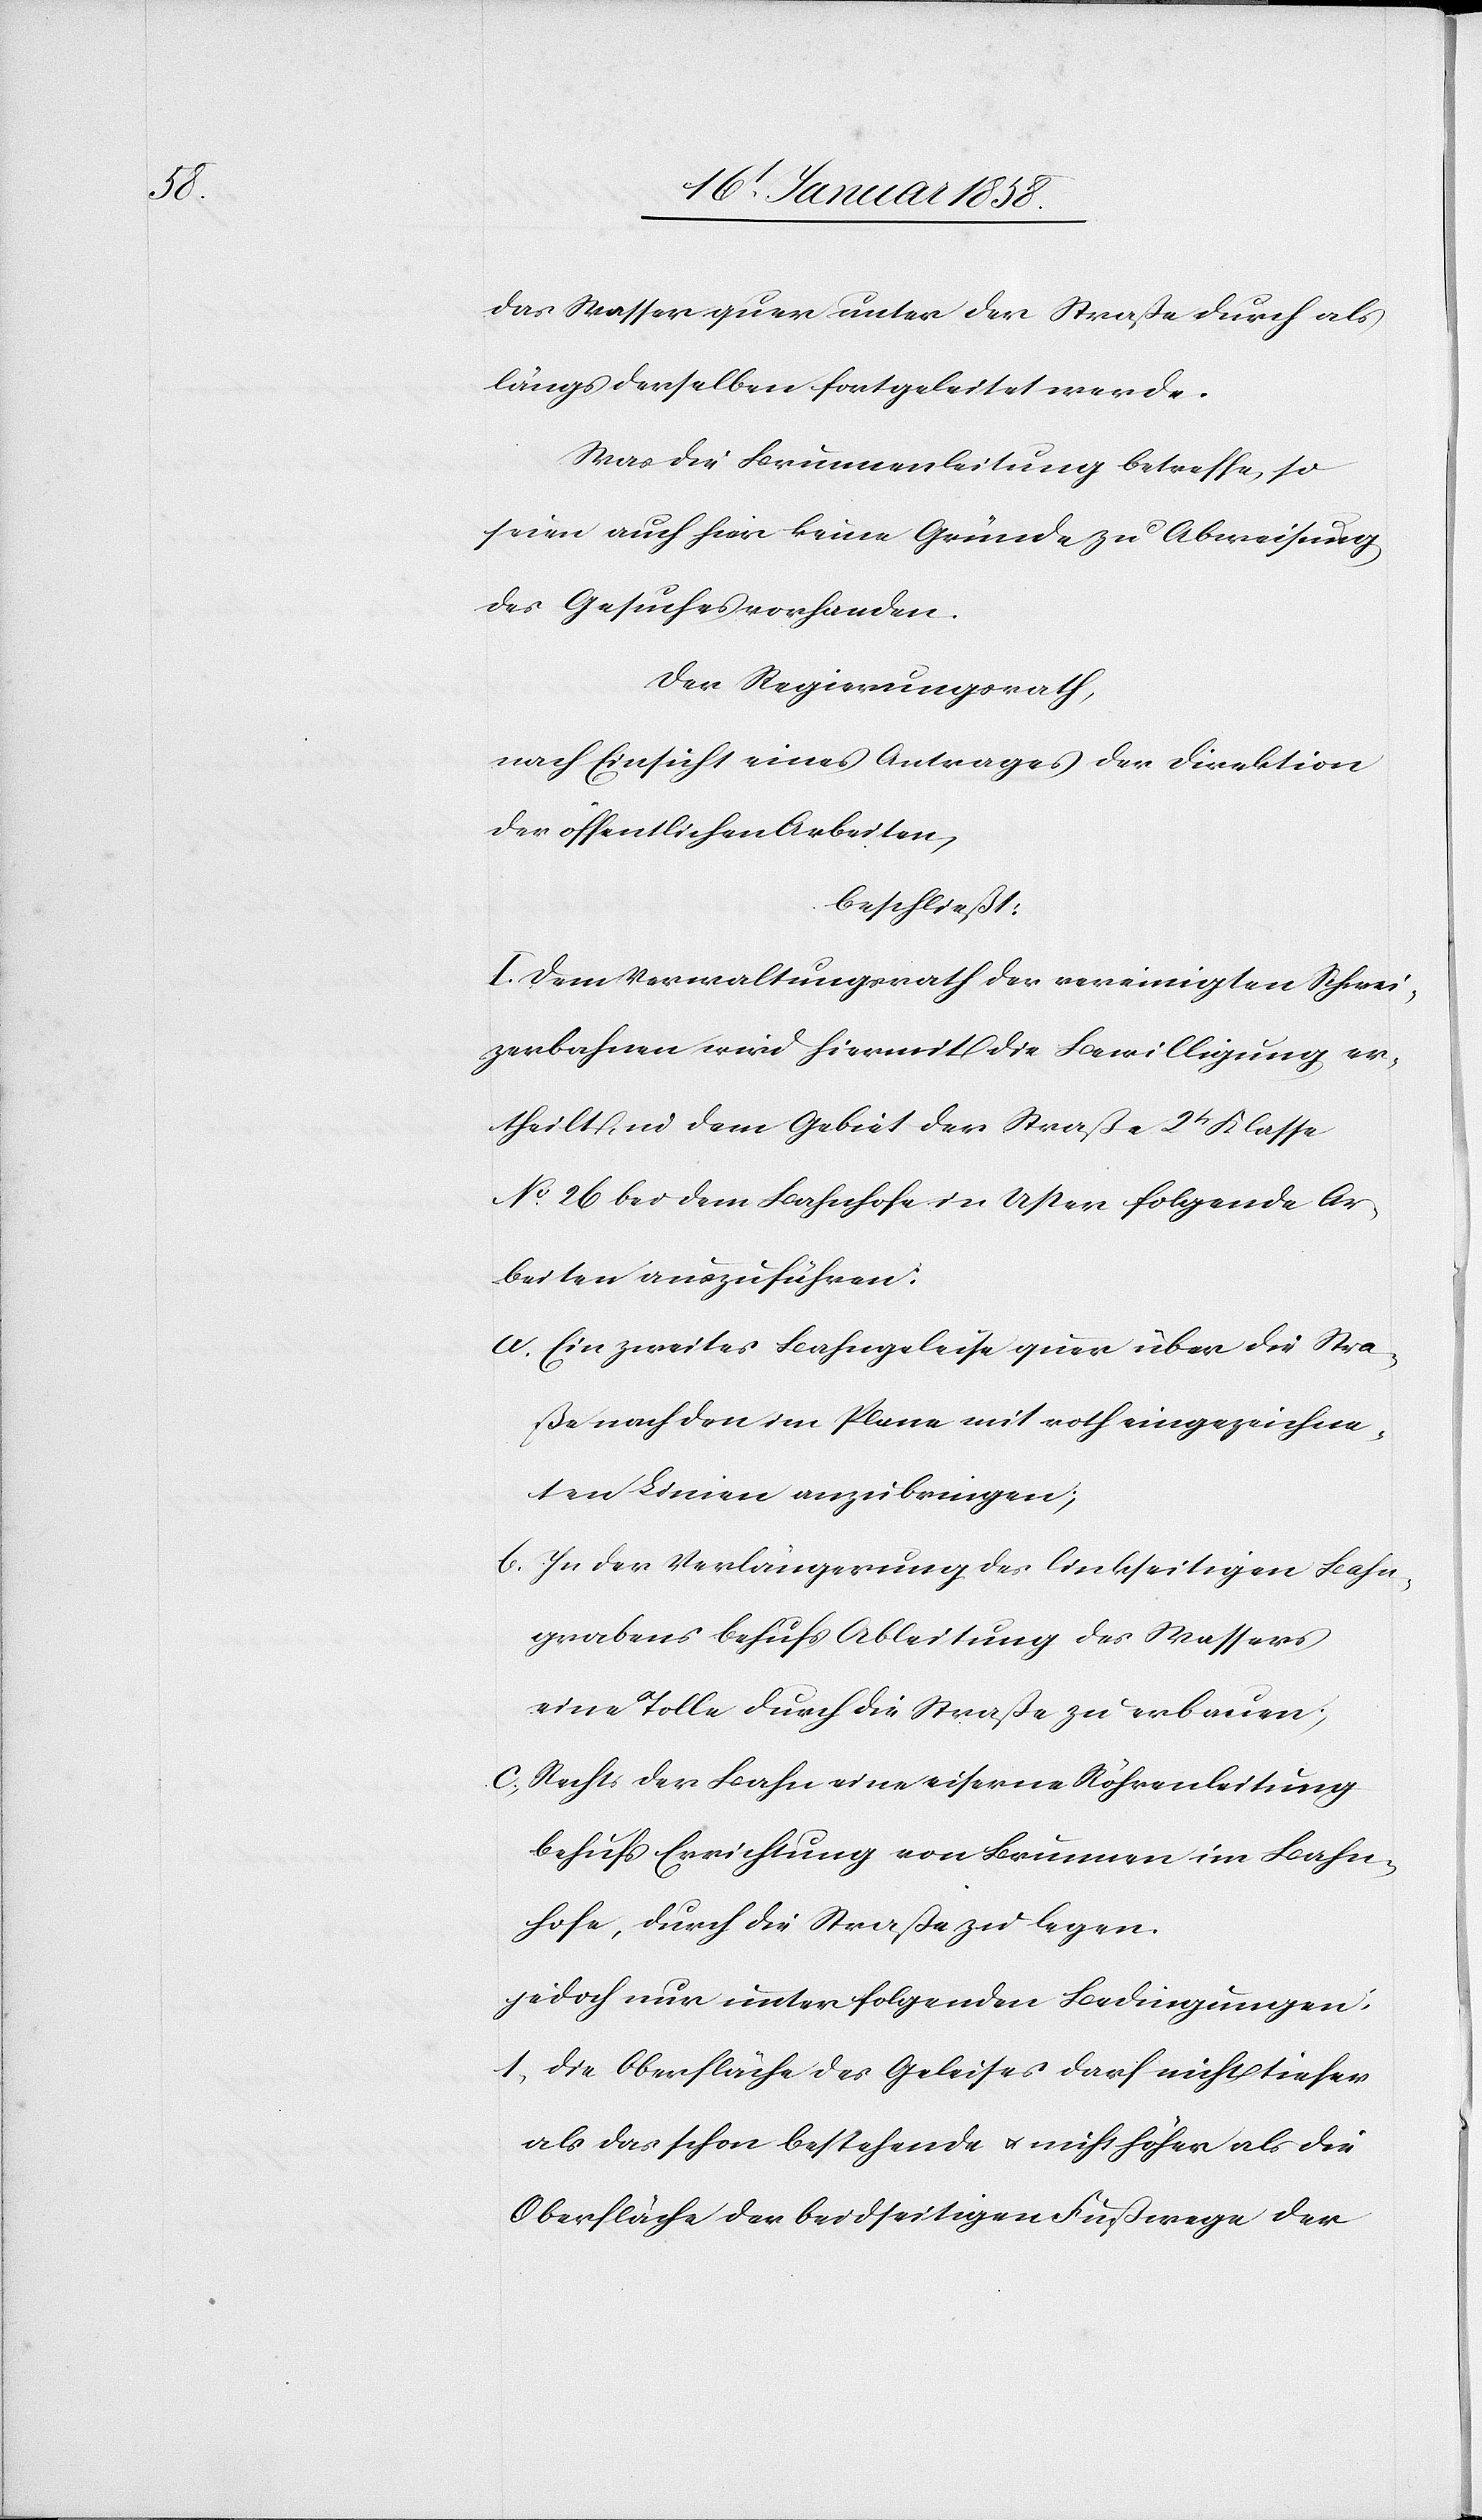
das Wasser quer unter der Straße durch als
längs derselben fortgeleitet werde.
Was die Brunnenleitung betreffe, so
seien auch hier keine Gründe zu Abweisung
des Gesuches vorhanden.
Der Regierungsrath,
nach Einsicht eines Antrages der Direktion
der öffentlichen Arbeiten ,
beschließt:
I. Dem Verwaltungsrath der vereinigten Schwei¬
zerbahnen wird hiermit die Bewilligung er¬
theilt, in dem Gebiet der Straße 2t. Klasse
No. 26 bei dem Bahnhofe in Uster folgende Ar¬
beiten auszuführen:
a. Ein zweites Bahngeleise quer über die Stra¬
ße nach den im Plane mit roth eingezeichne¬
ten Linien anzubringen;
b. In der Verlängerung des linkseitigen Bahn¬
grabens behufs Ableitung des Wassers
eine Tolle durch die Straße zu erbauen;
c. Rechts der Bahn eine eiserne Röhrenleitung
behufs Errichtung von Brunnen im Bahn¬
hofe, durch die Straße zu legen.
jedoch nur unter folgenden Bedingungen:
1. Die Oberfläche des Geleises darf nicht tiefer
als das schon bestehende u. nicht höher als die
Oberfläche der beidseitigen Fußwege der